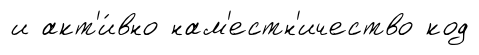
и акт'и́вно нам'естн'ичество код